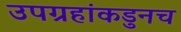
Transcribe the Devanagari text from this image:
उपग्रहांकडुनच